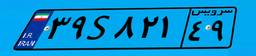
۴۶S۴۶۸۰۰